Vaccination in Bombay 1874-1876 - 1874-1876
Year: 1874
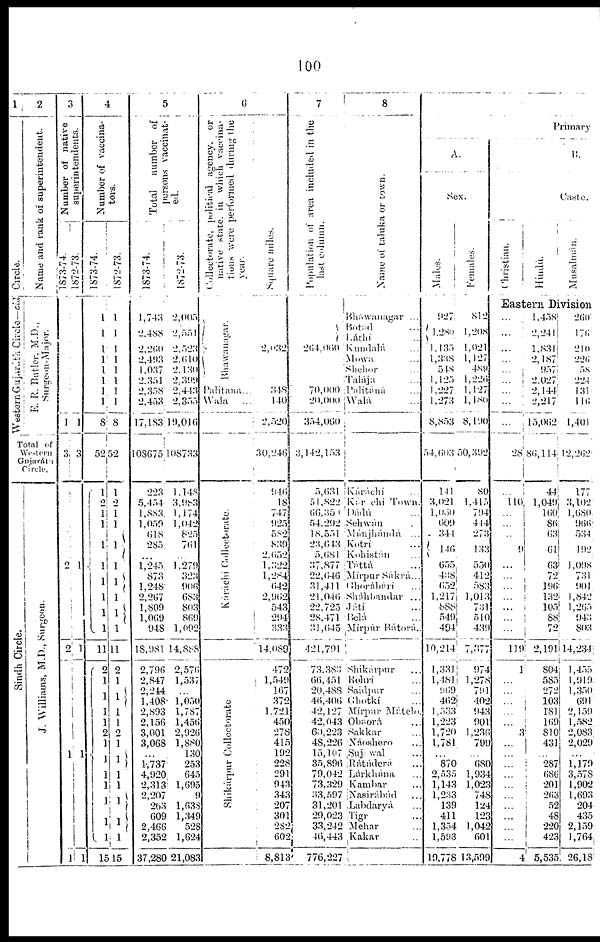
100
1
Circle.
Western Gujáráth Circle —cld
2
Name and rank of superintendent.
E.
R.
Butler.
M.D.
Surgeon-Major.
Total of
Western
Gujaráth
Circle.
Sindh Circle.
J. Williams, M.D., Surgeon.
3
Number of native
superintendents.
1873-74.
1
3
2
2
1
1
1872-73.
1
3
1
1
1
1
4
Number of vaccina-
tors.
1873-74.
1
1
1
1
1
1
1
1
8
52
1
2
1
1
1
1
1
1
1
1
11
2
1
1
1
1
2
1
1
1
1
1
1
1
15
1872-73.
1
1
1
1
1
1
1
1
8
52
1
2
1
1
1
1
1
1
1
1
11
2
1
l
1
1
2
1
1
1
1
1
1
1
15
5
Total
number of
persons
vaccinat-
ed.
1873-74.
1,743
2,488
2,260
2,493
1,037
2,351
2,358
2,453
17,183
108675
223
5,454
1,883
1,059
618
285
1,245
873
1,248
2,267
1,809
1,069
948
18,981
2,796
2,847
2,244
1,408
2,893
2,156
3,001
3,068
...
1,737
4,920
2,313
2,207
263
609
2,466
2,352
37,280
1872-73.
2,005
2,551
2,523
2,610
2,130
2,399
2,443
2,355
19,016
108733
1,148
3,983
1,174
1,042
825
761
1,279
323
906
683
803
869
1,092
14,888
2,576
1,537
...
1,050
1,787
1,456
2,926
1,880
130
253
645
1,695
9
1,638
1,349
528
1,624
21,083
6
Collectorate,
political agency,
or
native state. in which vaccina-
tions were performed during the
Year.
Bhawanagar.
Palitana...
Wala ...
Káráchi Collectorate.
Shikárpur Collectorate
Square miles.
2,032
348
140
2,520
30,240
946
18
747
925
582
839
2,652
1,322
1,284
642
2,962
543
294
333
14,089
472
1,549
167
372
1,721
450
278
415
192
228
291
943
343
207
301
282
602
8,813
7
Population
of area included in the
last column.
264,060
70,000
20,000
354,060
3,142,153
5,631
51,822
66,351
54,292
18,551
23,643
5,681
37,877
22,646
31,411
21,046
22,725
28,471
31,645
421,791
73,383
66,451
20,488
46,406
42,127
42,043
60,223
48,226
15,107
35,896
79,042
73,329
33,597
31,201
29,023
33,242
46,443
776,227
8
Name of taluka or town.
Bháwanagar ...
Botad ...
Láthi ...
Kundalá ...
Mowa ...
Shehor ...
Talája ...
Palitáná ...
Walá ...
Káráchi ...
Kárachi Town.
Dádú ...
Sehwán ...
Mánjhándá ...
Kotri ...
Kohistán ...
Táttá ...
Mirpur Sákrá...
Ghorábárí ...
Sháhbandar ...
Játí ...
Belá ...
Mírpúr Bátorá..
Shíkárpur ...
Rohri ...
Saidpur ...
Ghotkí ...
Mírpur Mátelo.
Obáorá ...
Sakkar ...
Náoshero ...
Suj wal ...
Rátáderá ...
Lárkhána
...
Kambar ...
Nasírábád ...
Labdarvá ...
Tigr ...
Mehar ...
Kákar ...
Primary
A.
Sex.
Males.
927
1,280
1,135
1,338
548
1,125
1,227
1,273
8,853
54,603
141
3,021
1,060
609
341
146
655,
438 652,
1,217
888
549
494
10,214
1,331
1,481
969
462
1,533
1,223
1,720
1,781
...
870
2,535
1,143
1,233
139
411
1,354
1,593
19,778
Females.
812
1,208
1,021
1,127
489
1,226
1,127
l,180
8,190
50,392
80
1,415
794
444
273
133
550
412
583
1,013
731
510
439
7,377
974
1,278
791
402
943
901
1,236
799
...
680
1,934
1,023
748
124
123
1,042
601
13,599
B.
Caste.
Christian.
Hindu.
Musalman.
Eastern Division
...
...
...
...
...
...
...
...
...
28
...
110
...
...
..
9
...
...
...
...
...
...
...
119
1
...
...
...
...
...
3
...
...
...
...
...
...
...
...
...
...
4
1,.458
2,241
1,831
2,187
957
2,027
2,144
2,217
15,062
86,114
44
1,049
160
86
63
61
63
72
196
132
105
88
72
2,191
804
585
272
103
181
169
810
431
...
287
686
201
263
52
48
220
423
5,535
260
176
210
226
58
224
131
116
1,401
12,262
177
3,102
1,680
966
534
192
1,098
731
901
1,842
1,265
943
803
14,234
1,455
1,919
1,350
691
2,159
1,582
2,083
2,029
...
1,179
3,578
1,902
1,693
204
435
2,159
1,764
26,18